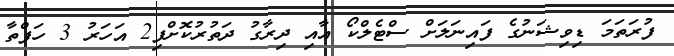
ފުރަތަމަ ޑިވިޝަނުގެ ފައިނަލަށް ސްޓެލްކޯ އާއި ދިރާގު ދަތުރުކޮށްފި2 އަހަރު 3 ހަފްތާ